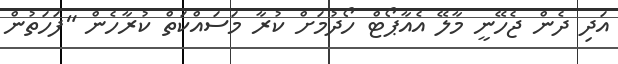
އަދި ދެން ޖެހޭނީ މާލޭ އެއާޕޯޓް ހޯދުމަށް ކުރާ މަސައްކަތް ކުރާހެން "ފަހަތުން